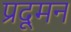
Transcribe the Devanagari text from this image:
प्रदूमन